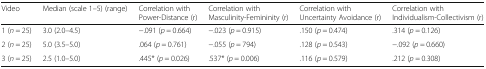
<table><thead><tr><td><b>Video</b></td><td><b>Median (scale 1–5) (range)</b></td><td><b>Correlation with Power-Distance (r)</b></td><td><b>Correlation with Masculinity-Femininity (r)</b></td><td><b>Correlation with Uncertainty Avoidance (r)</b></td><td><b>Correlation with Individualism-Collectivism (r)</b></td></tr></thead><tbody><tr><td>1 (<i>n</i> = 25)</td><td>3.0 (2.0–4.5)</td><td>−.091 (<i>p</i> = 0.664)</td><td>−.023 (<i>p</i> = 0.915)</td><td>.150 (<i>p</i> = 0.474)</td><td>.314 (<i>p</i> = 0.126)</td></tr><tr><td>2 (<i>n</i> = 25)</td><td>5.0 (3.5–5.0)</td><td>.064 (<i>p</i> = 0.761)</td><td>−.055 (<i>p</i> = 794)</td><td>.128 (<i>p</i> = 0.543)</td><td>−.092 (<i>p</i> = 0.660)</td></tr><tr><td>3 (<i>n</i> = 25)</td><td>2.5 (1.0–5.0)</td><td>.445* (<i>p</i> = 0.026)</td><td>.537* (<i>p</i> = 0.006)</td><td>.116 (<i>p</i> = 0.579)</td><td>.212 (<i>p</i> = 0.308)</td></tr></tbody></table>